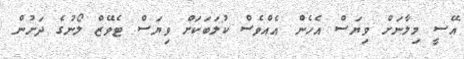
އޭސީ މިލާނަށް ވިޔަސް އެހެން އެއްވެސް ކުލަބަކަށް ވިޔަސް ޓެވޭޒް ލޯނުގެ ދަށުން